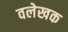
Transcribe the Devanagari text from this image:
वलेखक